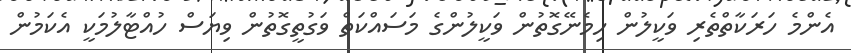
އެންމެ ހަރަކާތްތެރި ވަކީލުން ހިމެނޭގޮތުން ވަކީލުންގެ މަސައްކަތް ވަގުތީގޮތުން ވިޔަސް ހުއްޓާލުމަކީ އެކަމުން